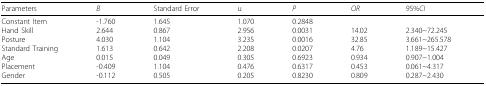
| Parameters | B | Standard Error | u | P | OR | 95%CI |
 | --- | --- | --- | --- | --- | --- | --- |
 | Constant ItemHand SkillPostureStandard TrainingAgePlacementGender | -1.7602.6444.0301.6130.015-0.409-0.112 | 1.6450.8671.1040.6420.0491.1040.505 | 1.0702.9563.2352.2080.3050.4760.205 | 0.28480.00310.00160.02070.69230.63170.8230 | 14.0232.854.760.9340.4530.809 | 2.340~72.2453.661~265.5781.189~15.4270.907~1.0040.061~4.3170.287~2.430 |